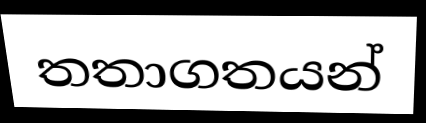
තතාගතයන්